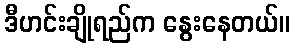
ဒီဟင်းချိုရည်က နွေးနေတယ်။